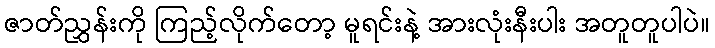
ဇာတ်ညွှန်းကို ကြည့်လိုက်တော့ မူရင်းနဲ့ အားလုံးနီးပါး အတူတူပါပဲ။